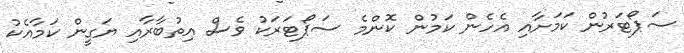
ސަޕޯޓަރުން ކަމަށާއި އެހެން ކަމުން ކޮންމެ ސަޕޯޓަރަކު ވެސް އިތުބާރާއި ޔަގީން ކަމާއެކު